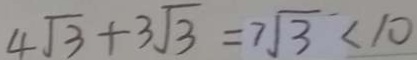
4 \sqrt { 3 } + 3 \sqrt { 3 } = 7 \sqrt { 3 } < 1 0